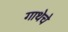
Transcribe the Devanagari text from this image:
गाथेचे